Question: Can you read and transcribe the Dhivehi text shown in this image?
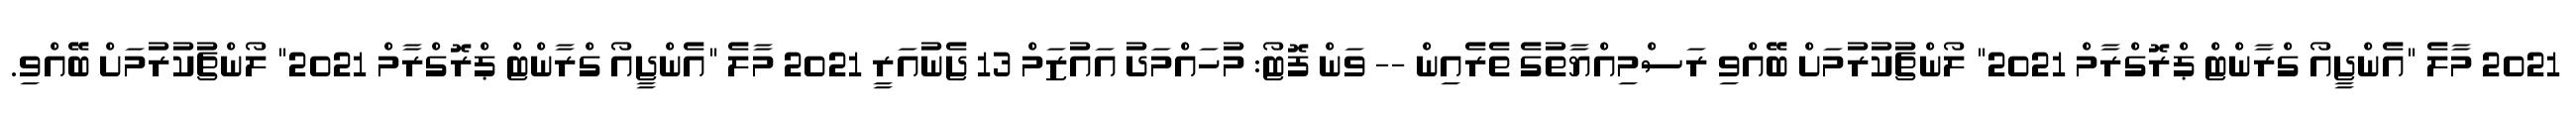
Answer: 2021 މާލެ "އެންޖީއޯ ގްރާންޓް ޕްރޮގްރާމް 2021" ލޯންޗުކުރުމަށް ބޭއްވި ރަސްމިއްޔާތުގެ ތެރެއިން -- ވަން ފޮޓޯ: މުހައްމަދު އައުޒަމް 13 ޖެނުއަރީ 2021 މާލެ "އެންޖީއޯ ގްރާންޓް ޕްރޮގްރާމް 2021" ލޯންޗުކުރުމަށް ބޭއްވި.